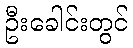
ဦးခေါင်းတွင်